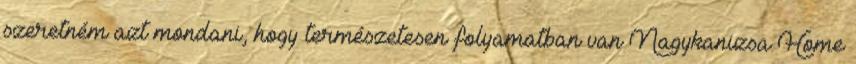
szeretném azt mondani, hogy természetesen folyamatban van Nagykanizsa Home